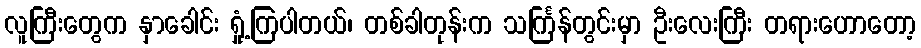
လူကြီးတွေက နှာခေါင်း ရှုံ့ကြပါတယ်၊ တစ်ခါတုန်းက သင်္ကြန်တွင်းမှာ ဦးလေးကြီး တရားဟောတော့